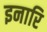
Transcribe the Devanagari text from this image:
इनारि